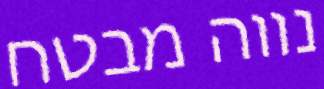
נווה מבטח